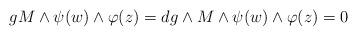
LaTeX: \begin{align*}gM\wedge\psi(w)\wedge\varphi(z)=dg\wedge M\wedge\psi(w)\wedge\varphi(z)=0\end{align*}